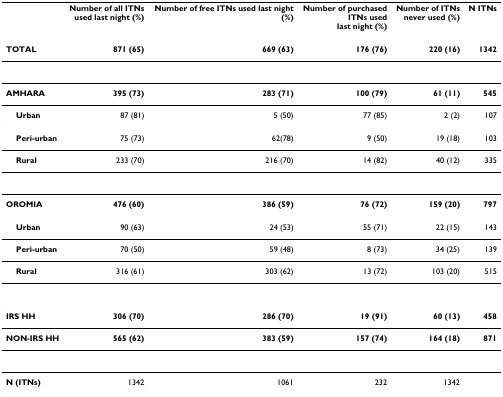
|  | Number of all ITNsused last night (%) | Number of free ITNs used last night(%) | Number of purchasedITNs usedlast night (%) | Number of ITNsnever used (%) | N ITNs |
 | --- | --- | --- | --- | --- | --- |
 | TOTAL | 871 (65) | 669 (63) | 176 (76) | 220 (16) | 1342 |
 | AMHARA | 395 (73) | 283 (71) | 100 (79) | 61 (11) | 545 |
 | Urban | 87 (81) | 5 (50) | 77 (85) | 2 (2) | 107 |
 | Peri-urban | 75 (73) | 62(78) | 9 (50) | 19 (18) | 103 |
 | Rural | 233 (70) | 216 (70) | 14 (82) | 40 (12) | 335 |
 | OROMIA | 476 (60) | 386 (59) | 76 (72) | 159 (20) | 797 |
 | Urban | 90 (63) | 24 (53) | 55 (71) | 22 (15) | 143 |
 | Peri-urban | 70 (50) | 59 (48) | 8 (73) | 34 (25) | 139 |
 | Rural | 316 (61) | 303 (62) | 13 (72) | 103 (20) | 515 |
 | IRS HH | 306 (70) | 286 (70) | 19 (91) | 60 (13) | 458 |
 | NON-IRS HH | 565 (62) | 383 (59) | 157 (74) | 164 (18) | 871 |
 | N (ITNs) | 1342 | 1061 | 232 | 1342 |  |